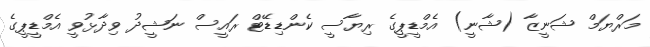
މަރްޔަމް ޝަނީޒާ (ޝާނީ) އެމްޑީޕީގެ ރިޔާސީ ކެންޑިޑޭޓް ރައީސް ނަޝީދު ވިދާޅުވީ އެމްޑީޕީގެ